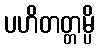
ပဟိတတ္တမ္ပိ